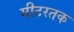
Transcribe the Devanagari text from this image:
मीटरतक